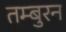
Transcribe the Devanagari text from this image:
तम्बुरन